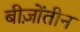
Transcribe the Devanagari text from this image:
बीज़ोंतीन